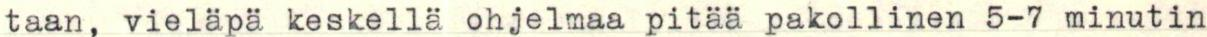
taan, vieläpä keskellä ohjelmaa pitää pakollinen 5-7 minutin